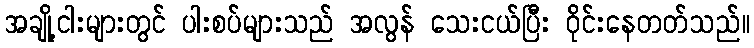
အချို့ငါးများတွင် ပါးစပ်များသည် အလွန် သေးငယ်ပြီး ဝိုင်းနေတတ်သည်။